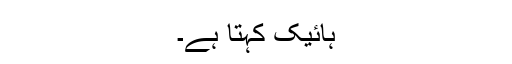
ہائیک کہتا ہے۔